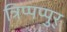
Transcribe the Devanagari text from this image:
त्रिप्पप्पुर्